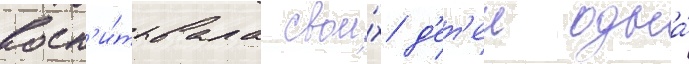
восп'и́тывала свои́х д'ет'еи одна́